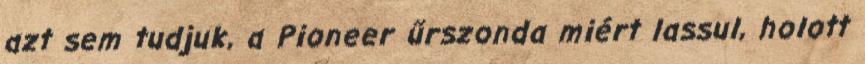
azt sem tudjuk, a Pioneer űrszonda miért lassul, holott